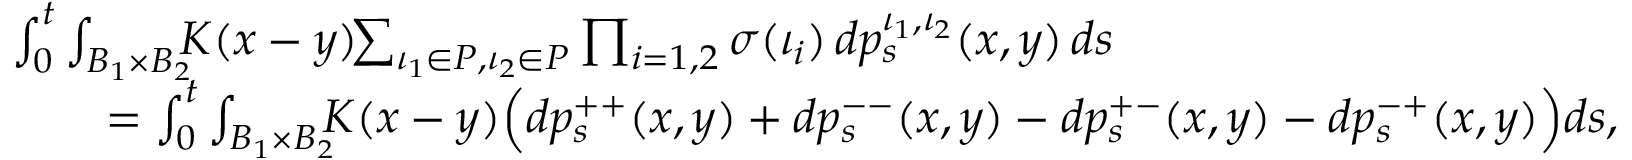
\begin{array} { r l } & { \int _ { 0 } ^ { t } \int _ { B _ { 1 } \times B _ { 2 } } \! \! \! K ( x - y ) \! \! \sum _ { \iota _ { 1 } \in P , \iota _ { 2 } \in P } \prod _ { i = 1 , 2 } \sigma ( \iota _ { i } ) \, d p _ { s } ^ { \iota _ { 1 } , \iota _ { 2 } } ( x , y ) \, d s } \\ & { \qquad = \int _ { 0 } ^ { t } \int _ { B _ { 1 } \times B _ { 2 } } \! \! \! K ( x - y ) \Big ( d p _ { s } ^ { + + } ( x , y ) + d p _ { s } ^ { -- } ( x , y ) - d p _ { s } ^ { + - } ( x , y ) - d p _ { s } ^ { - + } ( x , y ) \Big ) d s , } \end{array}